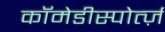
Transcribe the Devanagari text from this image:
कॉमेडीस्पोर्त्ज़